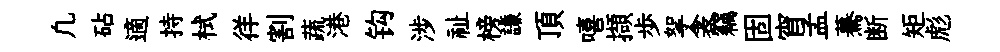
凢砧適持栻徉割蔬港钩涉祉榜謙頂嘻擷歩挐衾竊固宵孟驀断矩彪